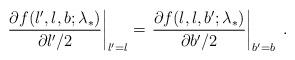
LaTeX: \begin{align*}\left.\frac{\partial f(l^{\prime},l,b;\lambda_*)}{\partial l^\prime /2}\right|_{l^\prime=l}=\left.\frac{\partial f(l,l,b^\prime;\lambda_*)}{\partial b^\prime /2}\right|_{b^\prime=b}\;.\end{align*}